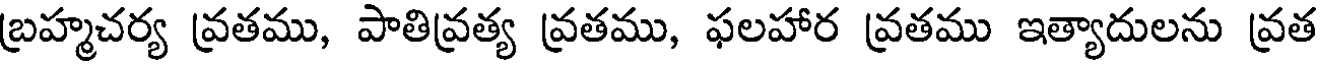
బ్రహ్మచర్య వ్రతము, పాతివ్రత్య వ్రతము, ఫలహార వ్రతము ఇత్యాదులను వ్రత